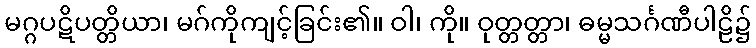
မဂ္ဂပဋိပတ္တိယာ၊ မဂ်ကိုကျင့်ခြင်း၏။ ဝါ၊ ကို။ ဝုတ္တတ္တာ၊ ဓမ္မသင်္ဂဏီပါဠိ၌